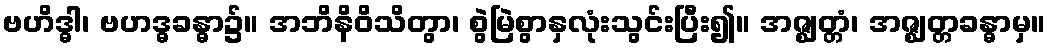
ဗဟိဒ္ဓါ၊ ဗဟဒ္ဓခန္ဓာ၌။ အဘိနိဝိသိတွာ၊ စွဲမြဲစွာနှလုံးသွင်းပြီး၍။ အဇ္ဈတ္တံ၊ အဇ္ဈတ္တခန္ဓာမှ။